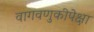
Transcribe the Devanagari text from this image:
वागवणुकीपेक्षा